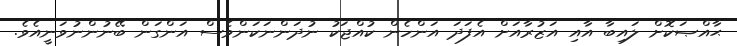
ޙާއްޞަކޮށް ލައިބާ އާއި އަޒުރާއަށް އެފަދަ އަންހެން ކުއްޖަކު ނުދަންނަކަންވެސް އަންގަން ބޭނުންނުވަނީއެވެ.